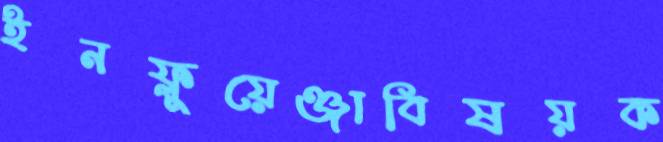
ইনফ্লুয়েঞ্জাবিষয়ক